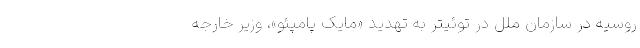
روسیه در سازمان ملل در توئیتر به تهدید «مایک پامپئو»، وزیر خارجه